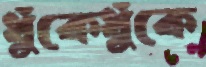
ধুঁকেধুঁকে